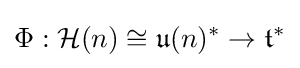
\Phi :{\mathcal {H}}(n)\cong {\mathfrak {u}}(n)^{*}\rightarrow {\mathfrak {t}}^{*}